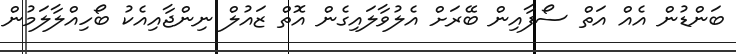
ބަންޑުން އެއް އަތް ސޯފާއިން ބޭރަށް އެލުވާލައިގެން އޮތް ޒައުލް ނިންޖާއިއެކު ބޯހިއްލާލަމުން